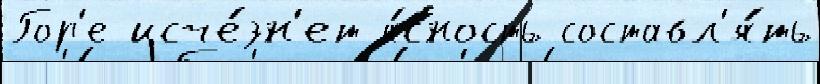
Гор'е исче́зн'ет я́сность составл'я́ть